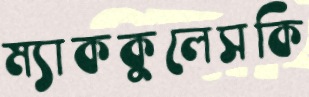
ম্যাককুলেসকি